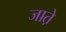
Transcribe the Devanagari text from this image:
जात़े